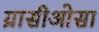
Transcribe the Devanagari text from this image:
ग्रासीओसा